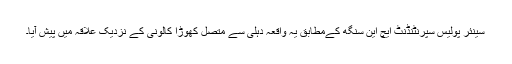
سینئر پولیس سپرنٹنڈنٹ ایچ این سنگھ کےمطابق یہ واقعہ دہلی سے متصل کھوڑا کالونی کے نزدیک علاقہ میں پیش آیا۔